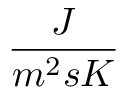
\frac { J } { m ^ { 2 } s K }